Applicability to medico-legal practice in India of the biochemical tests for the origin of blood-stains - Number 39
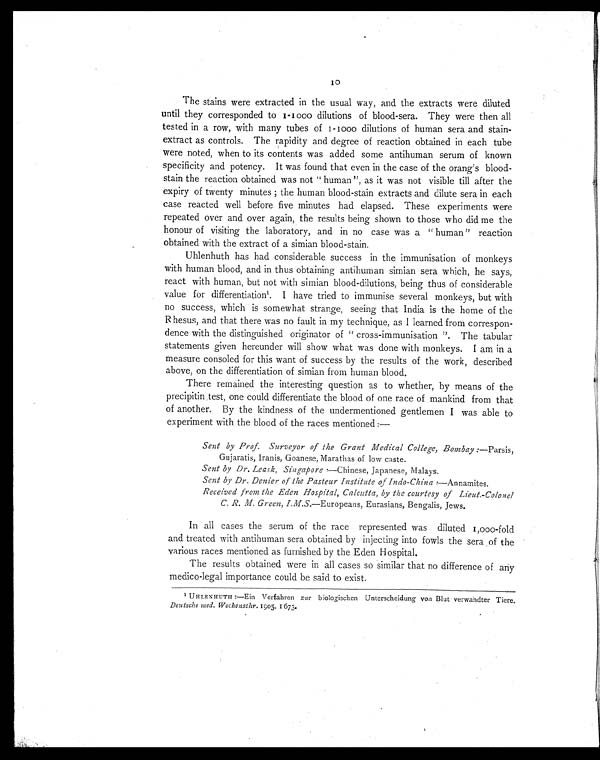
10
The stains were extracted in the usual way, and the extracts were diluted
until they corresponded to 1-1000 dilutions of blood-sera. They were then all
tested in a row, with many tubes of 1-1000 dilutions of human sera and stain-
extract as controls. The rapidity and degree of reaction obtained in each tube
were noted, when to its contents was added some antihuman serum of known
specificity and potency. It was found that even in the case of the orang's blood-
stain the reaction obtained was not " human", as it was not visible till after the
expiry of twenty minutes; the human blood-stain extracts and dilute sera in each
case reacted well before five minutes had elapsed. These experiments were
repeated over and over again, the results being shown to those who did me the
honour of visiting the laboratory, and in no case was a " human" reaction
obtained with the extract of a simian blood-stain.
Uhlenhuth has had considerable success in the immunisation of monkeys
with human blood, and in thus obtaining antihuman simian sera which, he says,
react with human, but not with simian blood-dilutions, being thus of considerable
value for differentiation1. I have tried to immunise several monkeys, but with
no success, which is somewhat strange, seeing that India is the home of the
Rhesus, and that there was no fault in my technique, as I learned from correspon-
dence with the distinguished originator of " cross-immunisation ". The tabular
statements given hereunder will show what was done with monkeys. I am in a
measure consoled for this want of success by the results of the work, described
above, on the differentiation of simian from human blood.
There remained the interesting question as to whether, by means of the
precipitin test, one could differentiate the blood of one race of mankind from that
of another. By the kindness of the undermentioned gentlemen I was able to
experiment with the blood of the races mentioned:—
Sent by Prof. Surveyor of the Grant Medical College, Bombay: —Parsis,
Gujaratis, Iranis, Goanese, Marathas of low caste.
Sent by Dr. Leask, Singapore:—Chinese, Japanese, Malays.
Sent by Dr. Denier of the Pasteur Institute of Indo-China: —Annamites.
Received from the Eden Hospital, Calcutta, by the courtesy of Lieut.-Colonel
C. R. M. Green, I.M.S.—Europeans, Eurasians, Bengalis, Jews.
In all cases the serum of the race represented was diluted 1,000-fold
and treated with antihuman sera obtained by injecting into fowls the sera of the
various races mentioned as furnished by the Eden Hospital.
The results obtained were in all cases so similar that no difference of any
medico-legal importance could be said to exist.
1 UHLENHUTH: —Ein Verfahren zur biologischen Unterscheidung von Blut verwandter Tiere.
Deutsche med. Wochenschr. 1905, 1673.